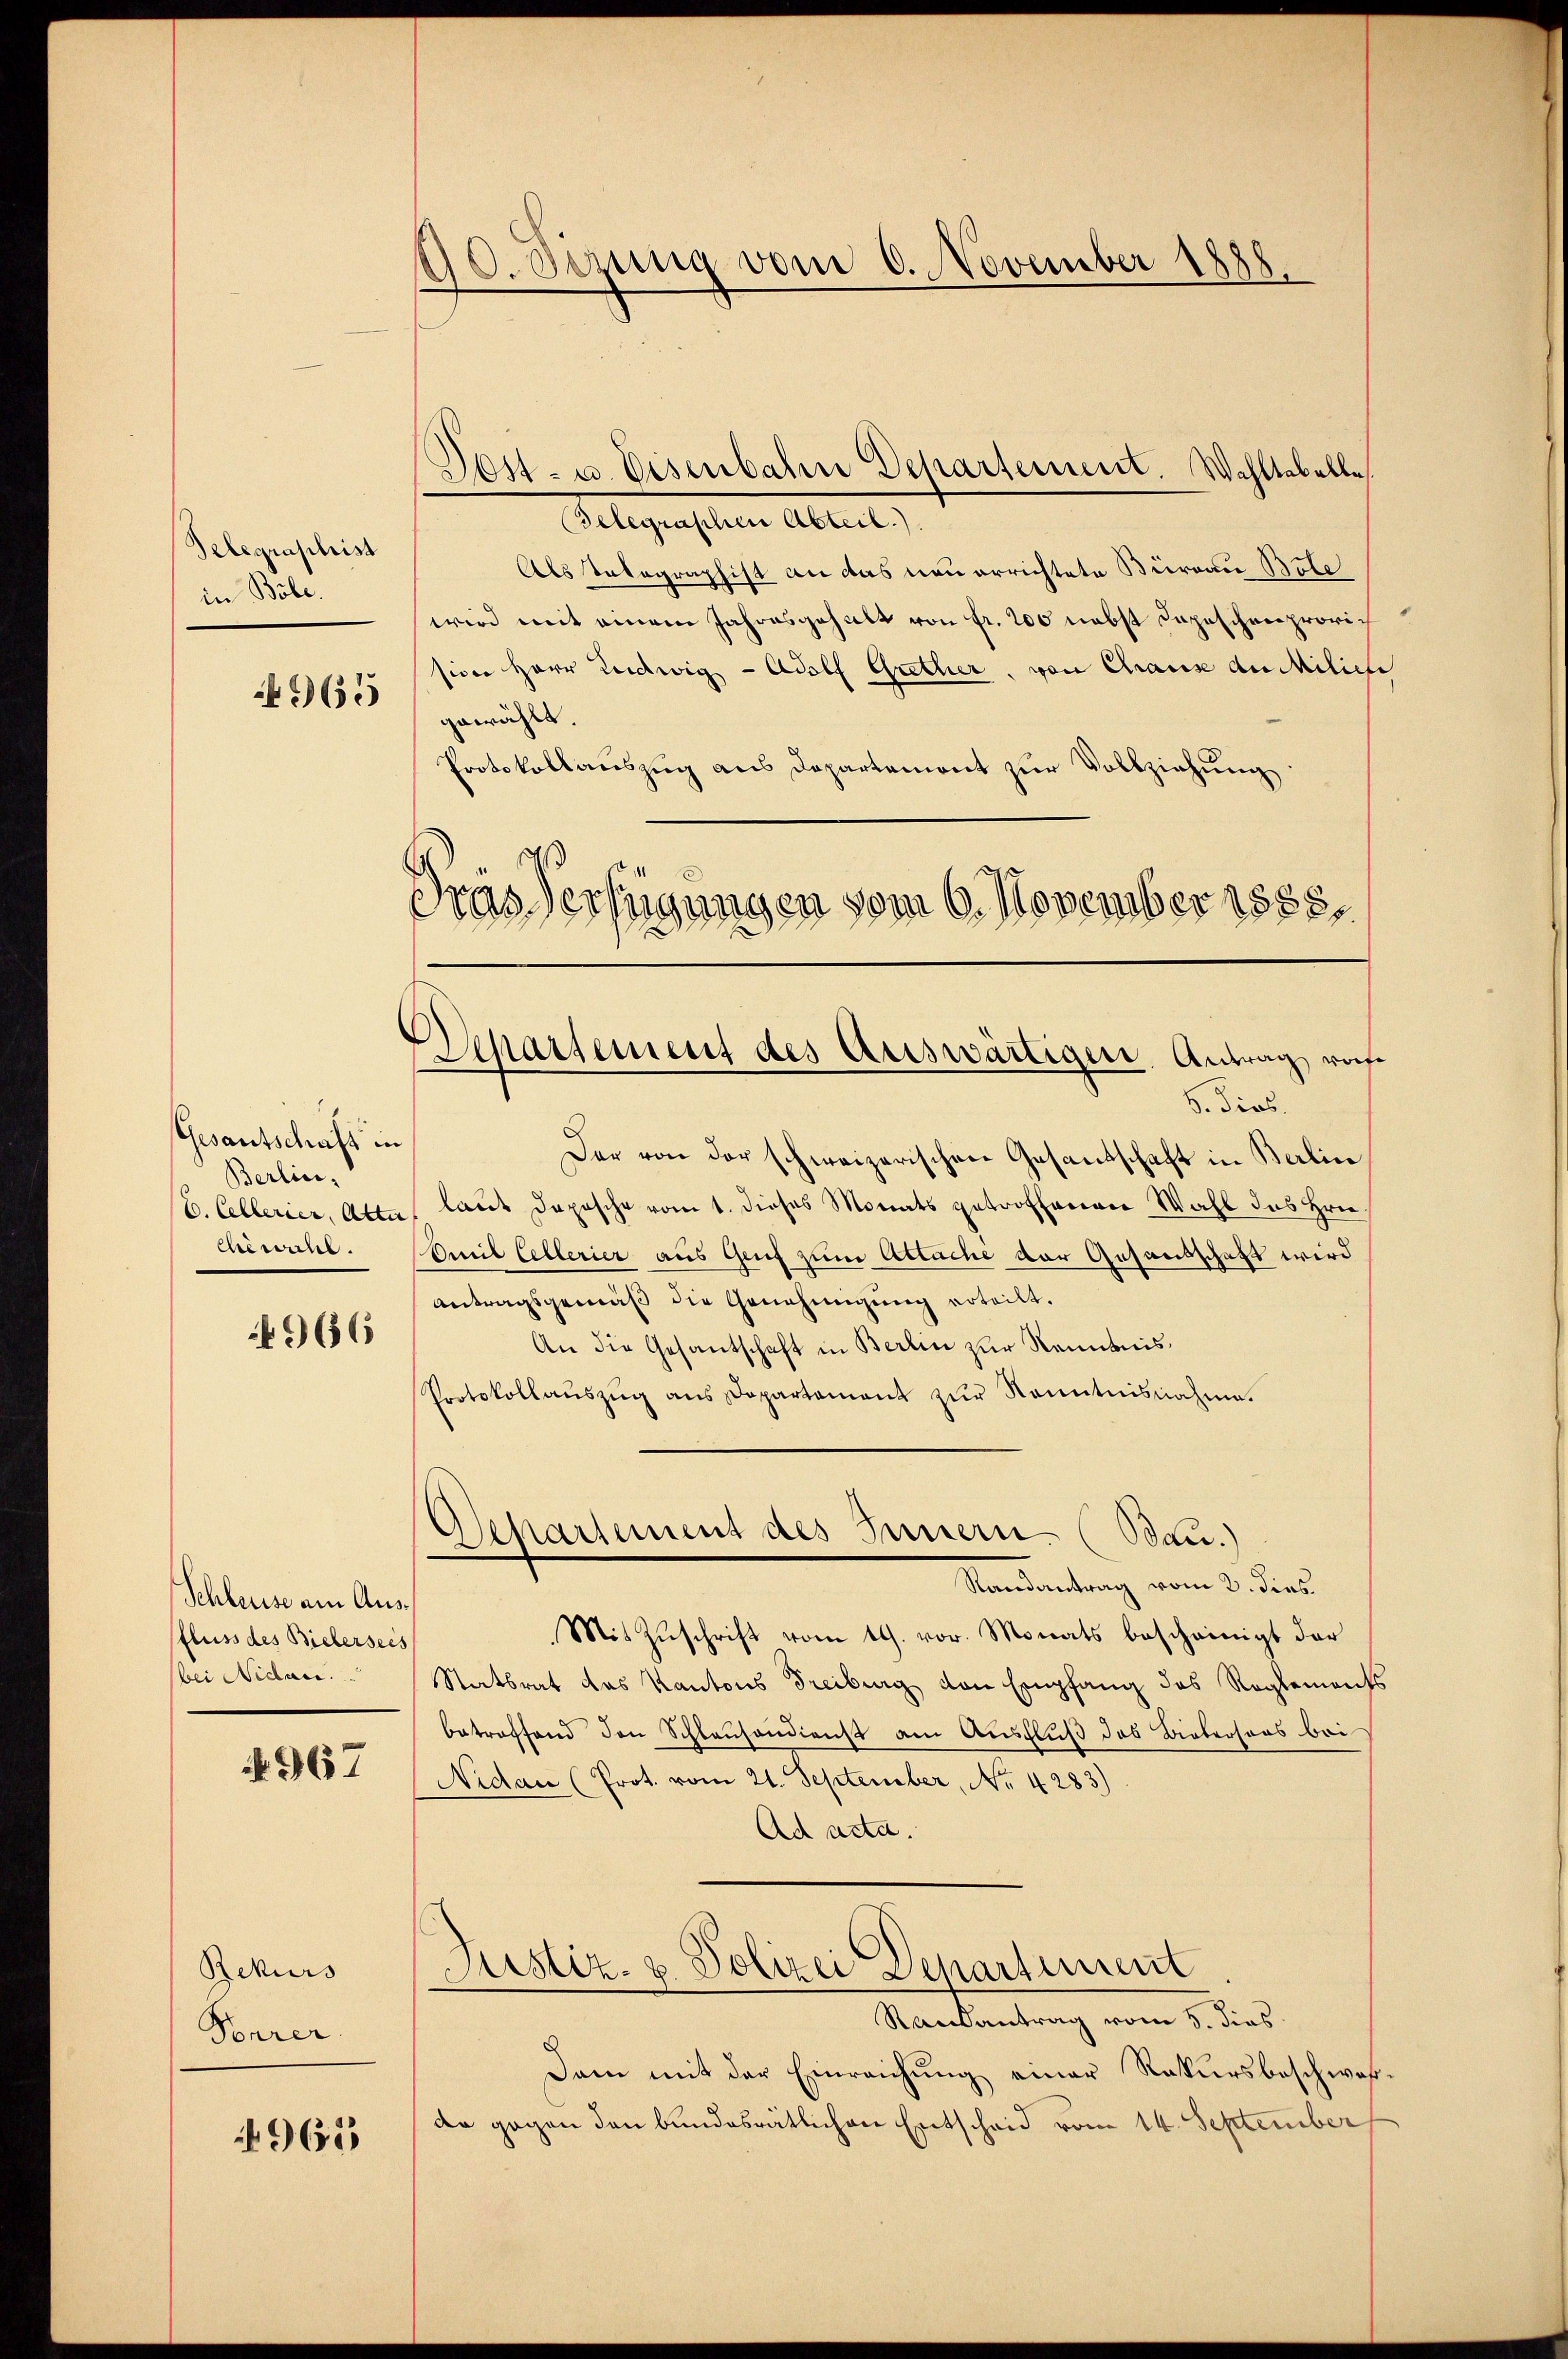
Telegraphist
in Böbe.

965

Gesantschaft in
Berlin,
chiwahl.

4966

Schleuse am Ausfluss des Bielersees
bei Nidau.

No. 367

Rekurs
Feurer.

965

90. Sezung vom 6. November 1888.

Dost- u. Eisenbahne Departement. Wahltabelle
Gelegraphen Abteil.).
Als Telegraphist an das neu errichtete Büreau Bete
wird mit einem Jahresgehalt von Fr. 200 nebst Depeschenprovision Herr Ludwig - Adolf Guether, von Chause der Miliche
gewählt.
Protokollauszug aus Departemont zur Vollziehung
Gras Verfügungen vom 6. November 1888.

Separtement des Auswärtiger Antrag, wof

5. Dios.
Der von der schweizerischen Gesandschaft in Berline
(C. Cellerier, Atta, laut Depesche vom 1. dieses Monats getroffenen Wahl des Hrn.
Amil Cellerier aus Genf zum Atlache der Gesantschaft wird
antragsgemäß die Genehmigung erteilt.
An die Gesantschaft in Berlin zur Kenntnis¬
Protokollauszug aus Departament zur Kenntnisnahme.

Separtement des Innern (Bau.)
Randantrag vom 2. dies

Mit Zuschrift vom 19. vor. Monats bescheinigt der
Statsrat das Kantons Freiburg von Empfang des Reglements
betreffend den Schlauhandienst am Ausfluß das Biebersons bei
Nidau (Prot. vom 21. September, Nr. 4283)
Ad acta.
Justiz- & Polizei Departement
Raisantrag vom 5. dies
Dam mit der Einreichung einer Rekursbeschwarder gegen den bundesrätlichen Entscheid vom 14. September